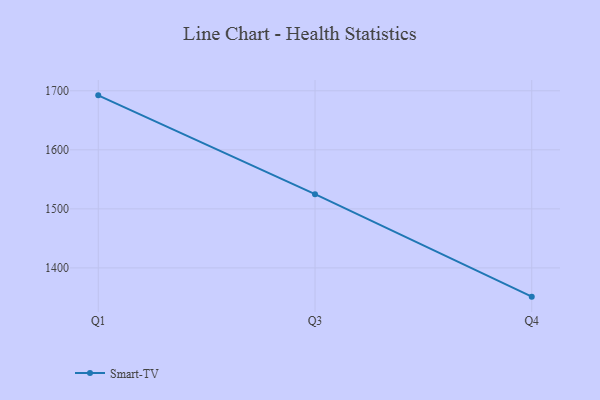
{"axis": {"x": "Quarter", "y": "Waste Production (Tons)"}, "legend": ["Smart-TV"], "data": [{"x": "Q1", "y": 1692.3, "type": "Smart-TV"}, {"x": "Q3", "y": 1524.9, "type": "Smart-TV"}, {"x": "Q4", "y": 1351.3, "type": "Smart-TV"}]}